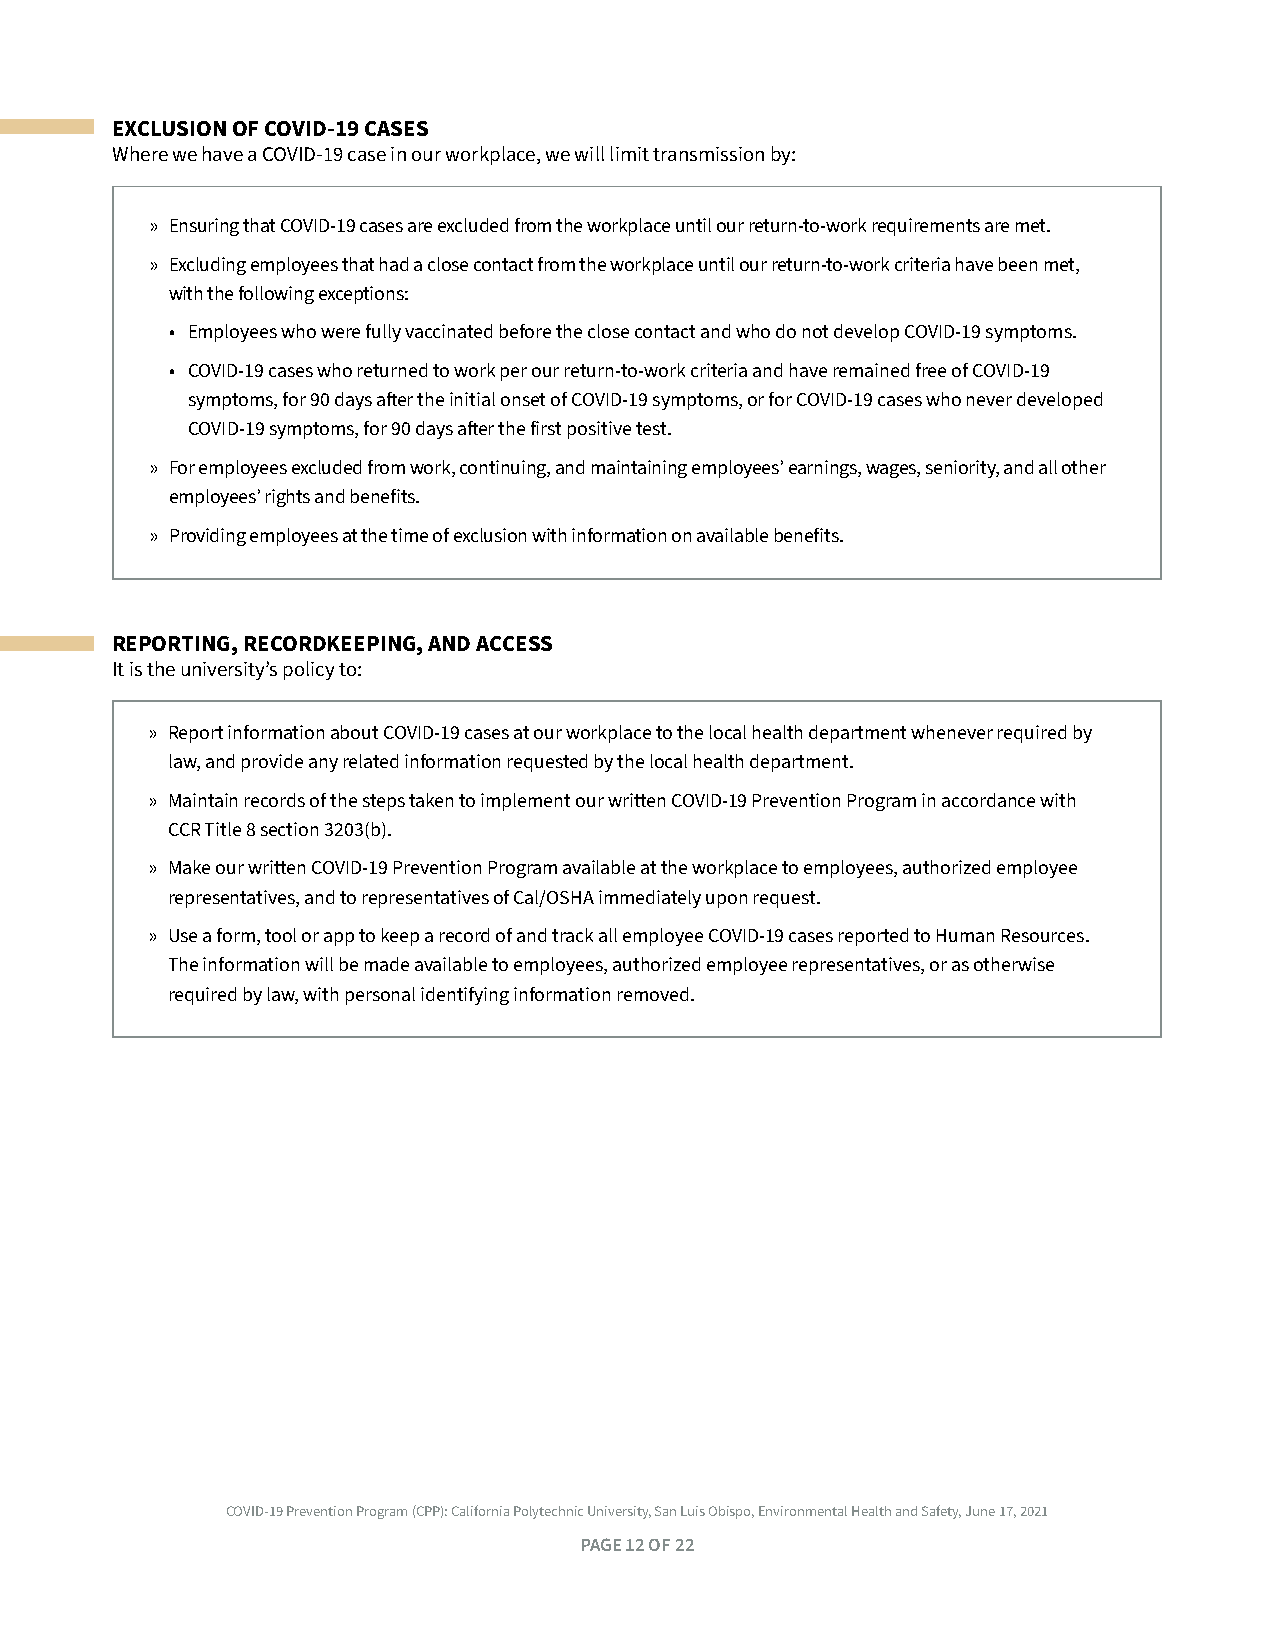
EXCLUSION OF COVID-19 CASES
 Where we have a COVID-19 case in our workplace, we will limit transmission by:
 » Ensuring that COVID-19 cases are excluded from the workplace until our return-to-work requirements are met .
 » Excluding employees that had a close contact from the workplace until our return-to-work criteria have been met,
 with the following exceptions:
 • Employees who were fully vaccinated before the close contact and who do not develop COVID-19 symptoms .
 • COVID-19 cases who returned to work per our return-to-work criteria and have remained free of COVID-19
 symptoms, for 90 days after the initial onset of COVID-19 symptoms, or for COVID-19 cases who never developed
 COVID-19 symptoms, for 90 days after the first positive test .
 » For employees excluded from work, continuing, and maintaining employees’ earnings, wages, seniority, and all other
 employees’ rights and benefits .
 » Providing employees at the time of exclusion with information on available benefits .
 REPORTING, RECORDKEEPING, AND ACCESS
 It is the university’s policy to:
 » Report information about COVID-19 cases at our workplace to the local health department whenever required by
 law, and provide any related information requested by the local health department .
 » Maintain records of the steps taken to implement our written COVID-19 Prevention Program in accordance with
 CCR Title 8 section 3203(b) .
 » Make our written COVID-19 Prevention Program available at the workplace to employees, authorized employee
 representatives, and to representatives of Cal/OSHA immediately upon request .
 » Use a form, tool or app to keep a record of and track all employee COVID-19 cases reported to Human Resources .
 The information will be made available to employees, authorized employee representatives, or as otherwise
 required by law, with personal identifying information removed .
 COVID-19 Prevention Program (CPP): California Polytechnic University, San Luis Obispo, Environmental Health and Safety, June 17, 2021
 PAGE 12 OF 22